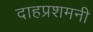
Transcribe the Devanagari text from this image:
दाहप्रशमनी